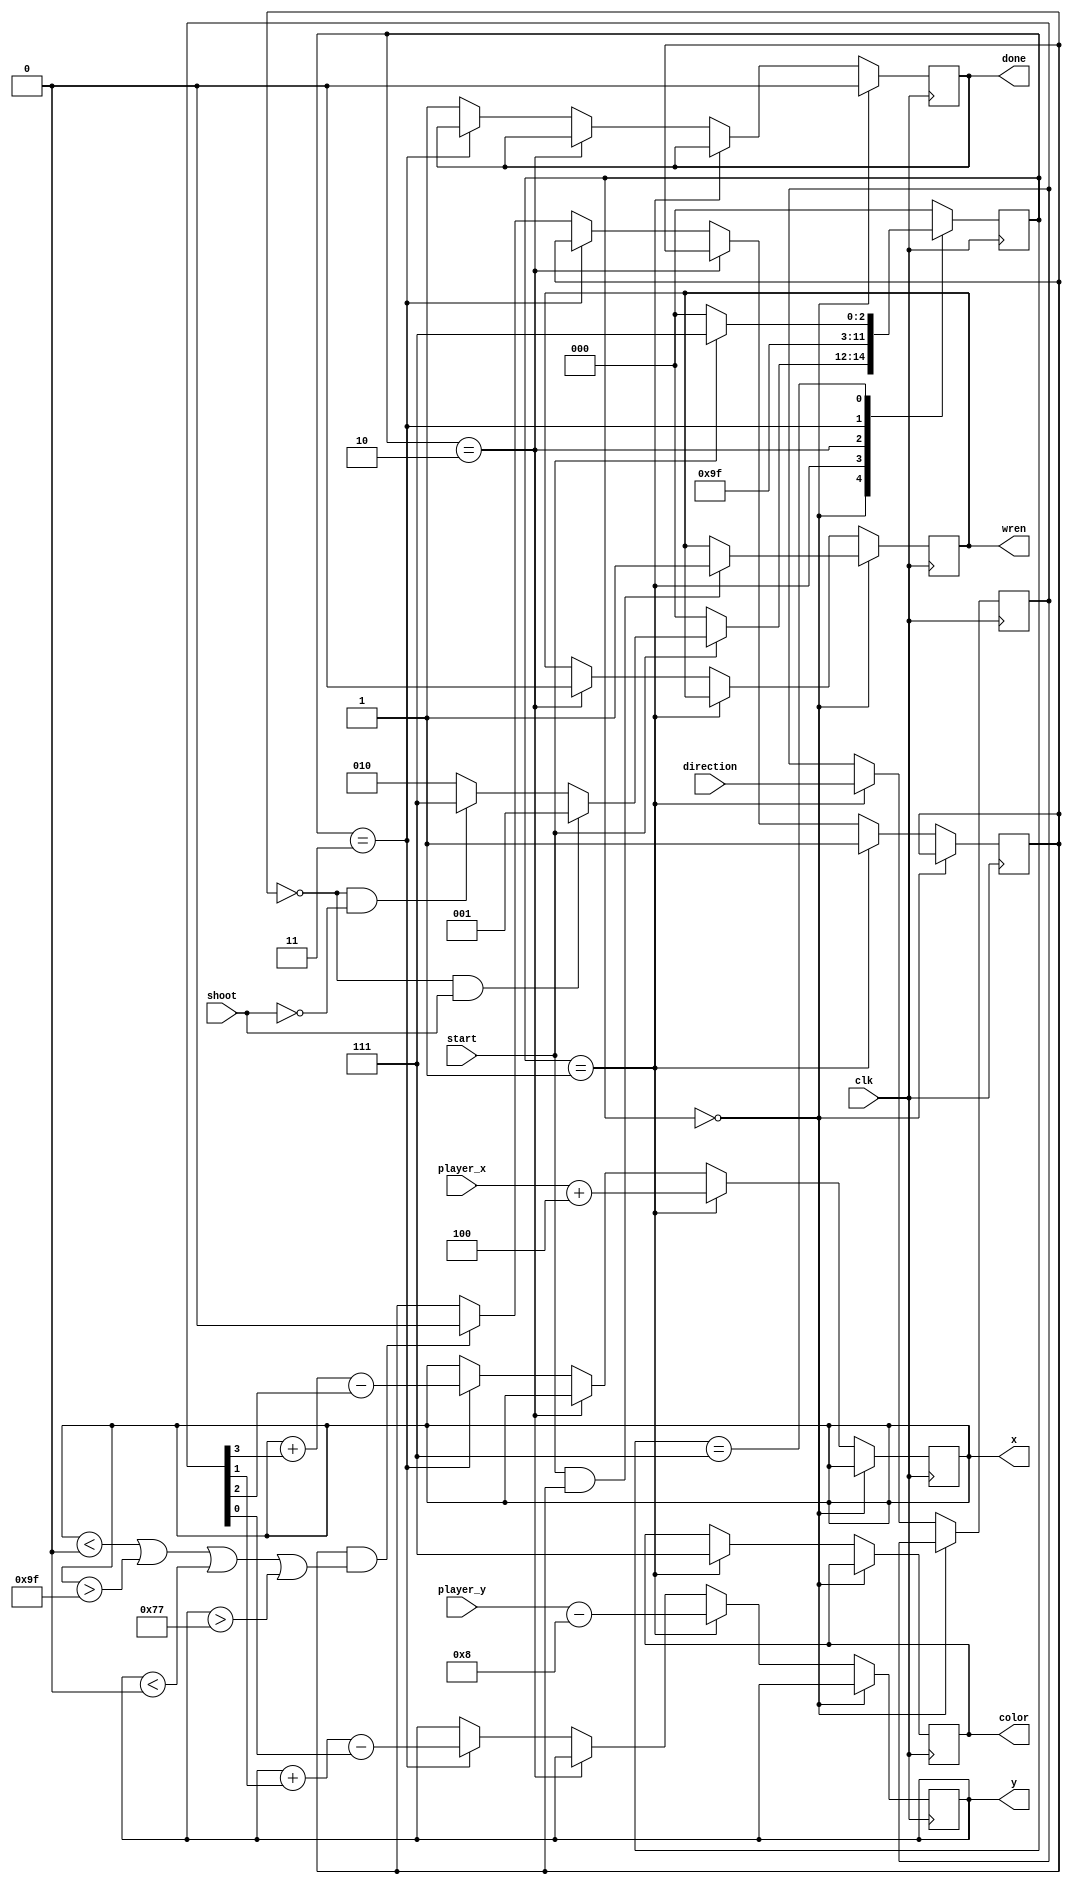
module one_bullets(clk, start, direction, shoot, x, y, color, wren, done, player_x, player_y);

input [7:0] player_x;
input [6:0] player_y;
input shoot, clk, start;
input [3:0]direction;
output reg [7:0]x;
output reg [6:0]y;
output reg [2:0]color;
output reg done, wren;
//output reg [17:0]LEDR;

reg bullet_status;
reg [3:0] movement;
initial bullet_status = 0;



reg [2:0]state, n_state;
parameter Idel = 3'b000, set = 3'b001, print = 3'b010, update = 3'b011,
				 disable_print = 3'b100, F = 3'b101, G = 3'b110, Done = 3'b111;
	
always @(*)
	begin
		case(state)
		Idel: begin
			if(start) begin
				if(!bullet_status & shoot)
					n_state = set;
				else if (!bullet_status  & !shoot)
					n_state = Done;
				else
					n_state = print;
			end
			else
				n_state = Idel;
			end
		set:
				n_state = print;
		print:
				n_state = update;
		//disable_print:
				//n_state = update;
		update:
				n_state = Done;
		Done:	
			if(!start)
				n_state = Idel;
			else
				n_state = Done;
		default: n_state = Idel;
		endcase
	end
	
always@(posedge clk) begin
	state <= n_state;
	
	if(state == Idel) begin //initializing write
		done <= 0;
		//LEDR[17] <= bullet_status;
		if(start & bullet_status) 
			wren <= 1;
	end 

	else if (state == set) begin
		x <= player_x + 4;
		y <= player_y - 8;
		color <= 3'b111;
		bullet_status <= 1;
		movement <= direction;
		//LEDR[3:0] <= direction;
	end
	
	else if (state == print) begin
		wren <= 0;
		end
		
	else if (state == update)begin
		x <= x + movement[3] - movement [2];
		y <= y + movement[1] - movement [0];
	end

	else begin

		done <= 1;
		if (bullet_status&((x < 0) | (x > 8'd159) | (y < 0 )| (y > 7'd119)))
			bullet_status <= 0;
	
	end
	
end	


endmodule